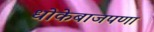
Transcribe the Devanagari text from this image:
धोकेबाजपणा